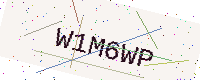
Text: W1M6WP